Bombay plague: being a history of the progress of plague in the Bombay presidency from September 1896 to June 1899
Year: 1896
Disease focus: Plague
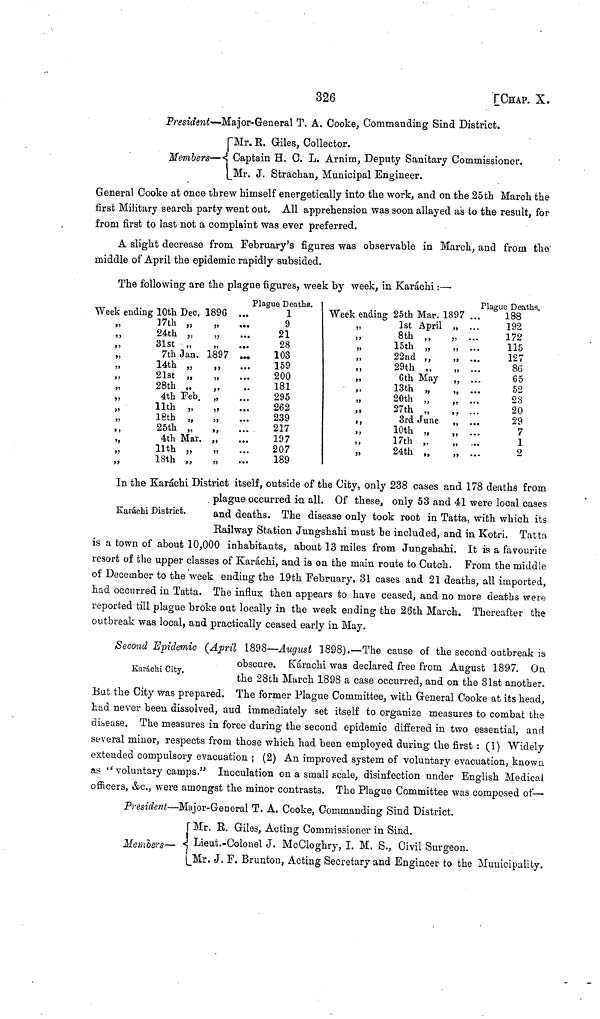
326
[CHAP. X.
President—Major-General T. A. Cooke, Commanding Sind District.
Mr. R. Giles, Collector.
Members— Captain H. C. L. Arnim, Deputy Sanitary Commissioner.
Mr. J. Strachan, Municipal Engineer.
General Cooke at once threw himself energetically into the work, and on the 25th March the
first Military search party went out. All apprehension was soon allayed as to the result, for
from first to last not a complaint was ever preferred.
A slight decrease from February's figures was observable in March, and from the
middle of April the epidemic rapidly subsided.
The following are the plague figures, week by week, in Karáchi:—
Plague Deaths.
Week ending 10th Dec. 1896 ...
,,
17th
"
"
...
„
24th „
„
,,
31st
"
"
...
„
7th Jan. 1897 ...
„
14th „
,,
,,
21st
,,
,,
. .
,, 28th „
„
,, 4th Feb. „
„
11th
„
„
,, 18th „
„
,, 25th „
„
4th Mar. „
„
11th
,,
,,
„
18th „
„
1
9
21
28
103
159
200
181
295
262
239
217
197
207
189
Plague Deaths
Week ending 25th Mar. 1897 ...
,, 1st April „ ...
,, 8th „
„ ...
,, 15th „
„ ...
,, 22nd „
, ...
,, 29th „ ,,
6th May
,, 13th „ ,,
,, 20th „ ,,
,, 27th „ ,,
3rd June
,, 10th „ ,,
,, 17th „ ,,
,, 24th „ ,,
188
192
172
115
127
86
65
52
23
20
29
7
1
2
Karáchi District.
In the Karáchi District itself, outside of the City, only 238 cases and 178 deaths from
. plague occurred in all. Of these, only 53 and 41 were local cases
and deaths. The disease only took root in Tatta, with which its
Railway Station Jungshahi must be included, and in Kotri. Tatta
is a town of about 10,000 inhabitants, about 13 miles from Jungshahi. It is a favourite
resort of the upper classes of Karachi, and is on the main route to Cutch. From the middle
of December to the week ending the 19th February, 31 cases and 21 deaths, all imported,
had occurred in Tatta. The influx then appears to have ceased, and no more deaths were
reported till plague broke out locally in the week ending the 26th March. Thereafter the
outbreak was local, and practically ceased early in May.
Karachi City.
Second Epidemic (April 1898—August 1898).—The cause of the second outbreak is
obscure. Karachi was declared free from August 1897. On
the 28th March 1898 a case occurred, and on the 31st another.
But the City was prepared. The former Plague Committee, with General Cooke at its head,
had never been dissolved, aud immediately set itself to organize measures to combat the
disease. The measures in force during the second epidemic differed in two essential, and
several minor, respects from those which had been employed during the first : (1) Widely
extended compulsory evacuation ; (2) An improved system of voluntary evacuation, known
as " voluntary camps." Inoculation on a small scale, disinfection under English Medical
officers, &c., were amongst the minor contrasts. The Plague Committee was composed of—
President—Major-General T. A. Cooke, Commanding Sind District.
Mr. E. Giles, Acting Commissioner in Sind.
Members—
Lieut.-Colonel J. McCloghry, I. M. S., Civil Surgeon.
Mr. J. F. Brunton, Acting Secretary and Engineer to the Municipality.